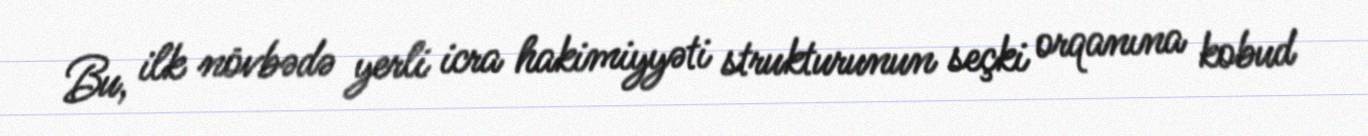
Bu, ilk növbədə yerli icra hakimiyyəti strukturunun seçki orqanına kobud